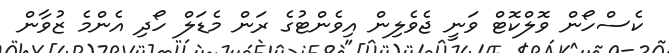
ކެސްހޯން ވޮލްކޮޓް ވަނީ ޖެވެލިން އިވެންޓުގެ ރަން މެޑަލް ހޯދި އެންމެ ޒުވާން